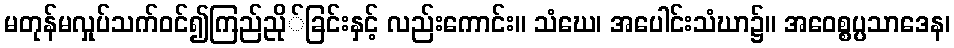
မတုန်မလှုပ်သက်ဝင်၍ကြည်ညို်ခြင်းနှင့် လည်းကောင်း။ သံဃေ၊ အပေါင်းသံဃာ၌။ အဝေစ္စပ္ပသာဒေန၊